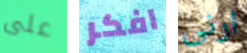
على افكر ارنى